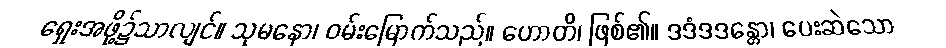
ရှေးအဖို့၌သာလျင်။ သုမနော၊ ဝမ်းမြောက်သည်။ ဟောတိ၊ ဖြစ်၏။ ဒဒံဒဒန္တော၊ ပေးဆဲသော